Leaving Certificate Examination (including Day School Certificate (Higher) General paper), 1934
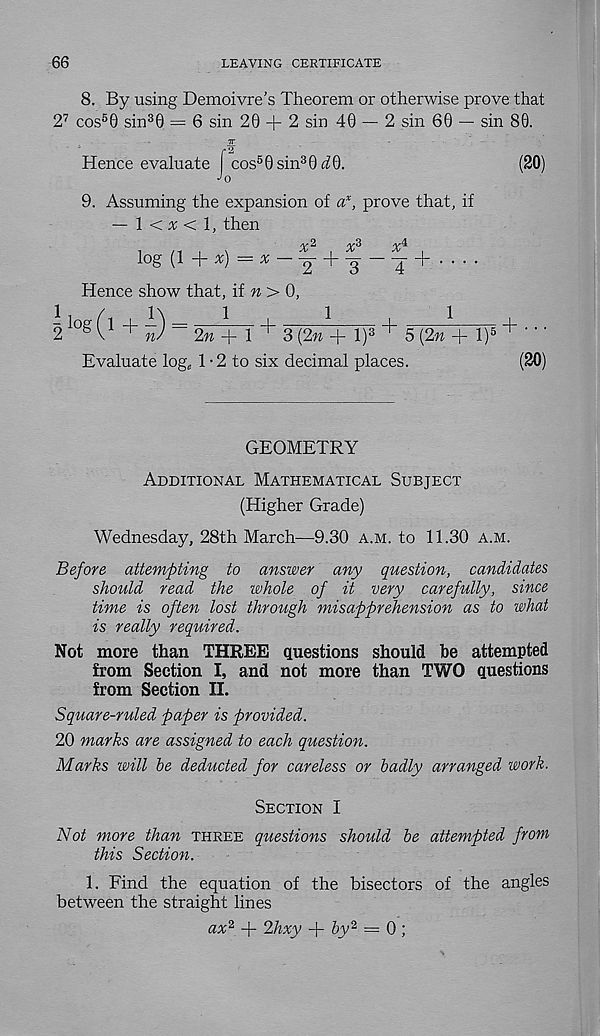
66
LEAVING CERTIFICATE
8. By using Demoivre’s Theorem or otherwise prove that
2 7 cos 5 0 sin 3 0 = 6 sin 20 + 2 sin 40 — 2 sin 60 — sin 80.
7T
Hence evaluate cos 5 0 sin 3 0 a!0.
(20)
Jo
9. Assuming the expansion of a x , prove that, if
— 1 < % < 1, then
y 2
/y3
/ y-4
log (1+^)=^_|- + |-|+ ....
Hence show that, if w > 0,
2 l0g 0 + w) = 2« -f 1 + 3 (2m + l) 3 + 5 (2m + l) 5 + '' '
Evaluate log,, 1 • 2 to six decimal places.
(20)
GEOMETRY
Additional Mathematical Subject
(Higher Grade)
Wednesday, 28th March—9.30 a.m. to 11.30 a.m.
Before attempting to answer any question, candidates
should read the whole of it very carefully, since
time is often lost through misapprehension as to what
is really required.
Not more than THREE questions should he attempted
from Section I, and not more than TWO questions
from Section II.
Square-ruled paper is provided.
20 marks are assigned to each question.
Marks will be deducted for careless or badly arranged work.
Section I
Not more than three questions should be attempted from
this Section.
1. Find the equation of the bisectors of the angles
between the straight lines
ax' 2, + 2hxy + by 2 = 0 ;